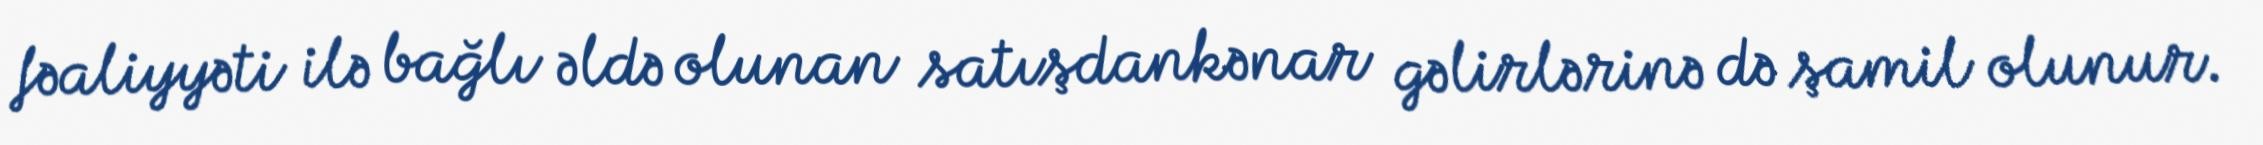
fəaliyyəti ilə bağlı əldə olunan satışdankənar gəlirlərinə də şamil olunur.